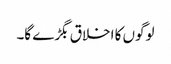
لوگوں کا اخلاق بگڑے گا۔